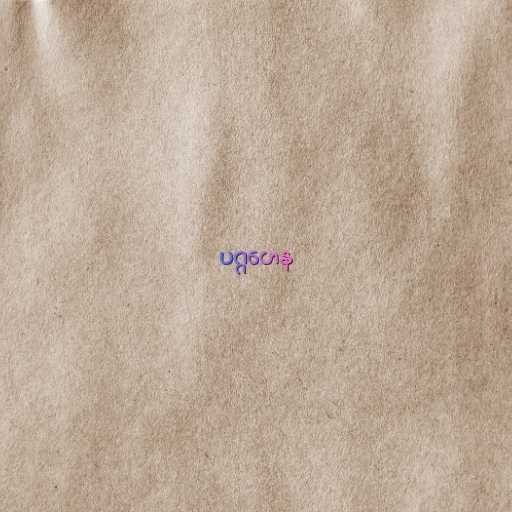
ပဂ္ဂဟေန